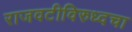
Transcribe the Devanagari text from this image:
राजवटीविरुध्दचा